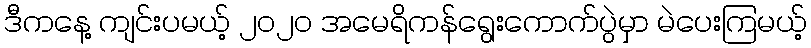
ဒီကနေ့ ကျင်းပမယ့် ၂၀၂၀ အမေရိကန်ရွေးကောက်ပွဲမှာ မဲပေးကြမယ့်